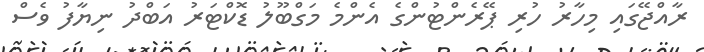
ރާއްޖޭގައި މިހާރު ހުރި ޕޭރެންޓުންގެ އެންމެ މަގްބޫލު ޑޮކްޓަރު އަބްދު ނިޔާފު ވެސް